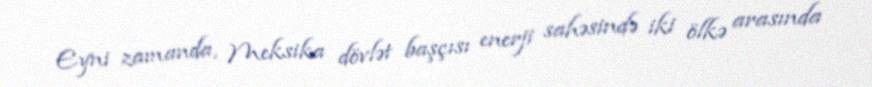
Eyni zamanda, Meksika dövlət başçısı enerji sahəsində iki ölkə arasında